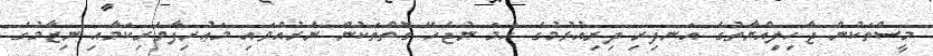
މީސްތަކުން ޖާހިލިއްޔާތުގެ އަނދިރި ދިރިއުޅުމުގެ ހަމަ ނުޖެހޭ ގޮތްތަކުން ނެރުއްވައި މަޢުރިފާވެރިކަމާއި ނިޒާމުގެ